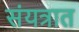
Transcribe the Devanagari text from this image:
संयत्रात